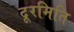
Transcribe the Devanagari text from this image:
दूरमिति